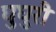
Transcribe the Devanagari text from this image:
घुघुरी